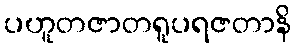
ပဟူတဇာတရူပရဇတာနိ